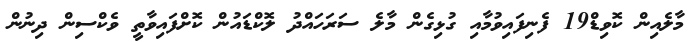
މާލެއިން ކޮވިޑް19 ފެނިފައިވުމާއި ގުޅިގެން މާލެ ސަރަހައްދު ލޮކްޑައުން ކޮށްފައިވާތީ ވެކްސިން ދިނުން